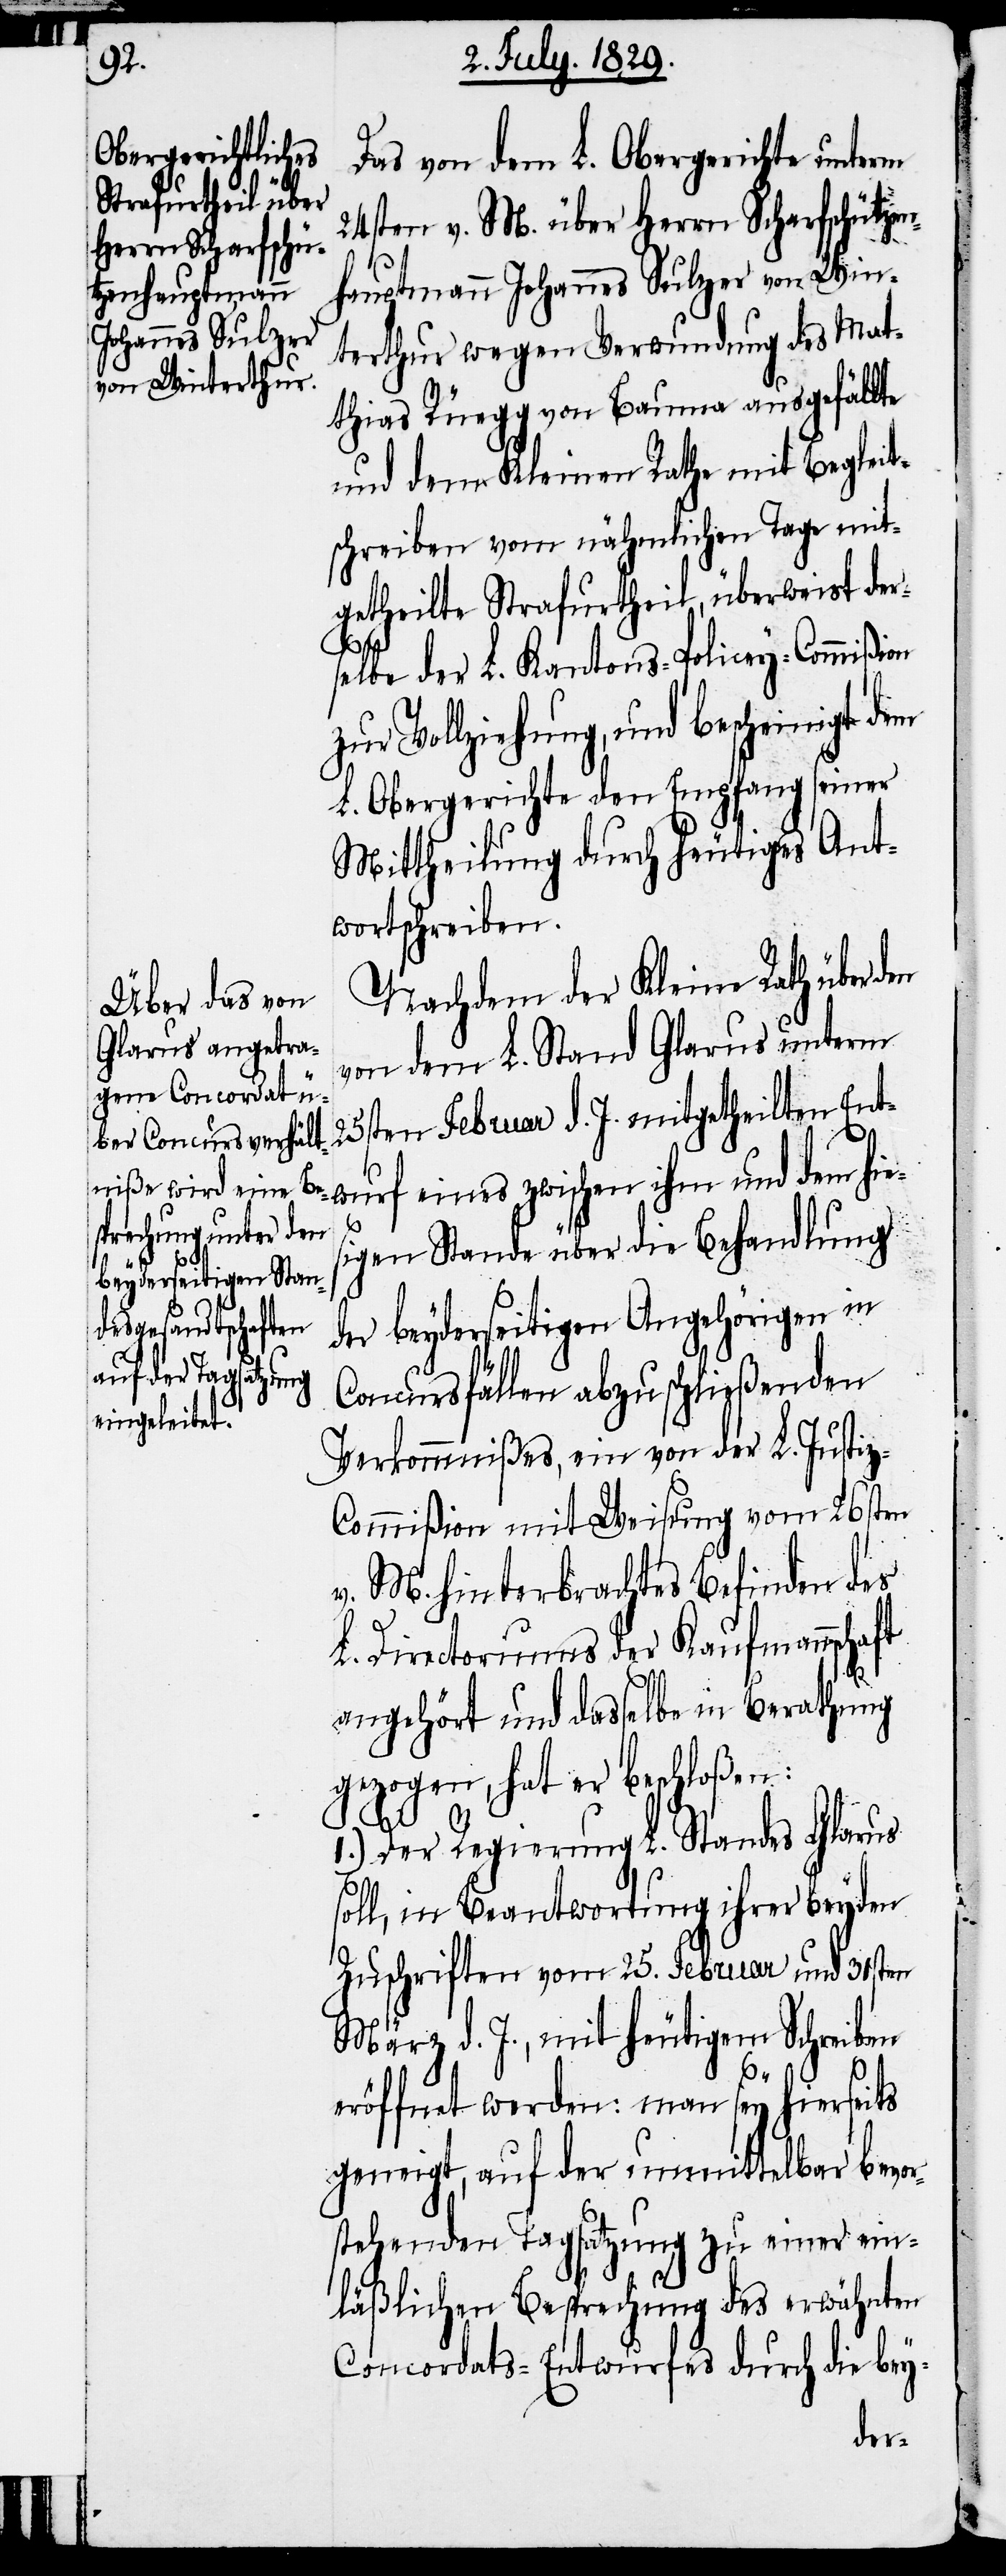
Das von dem L. Obergerichte unterm
24sten v. M. über Herrn Scharfschütze¬
nhauptmann Johannes Sulzer von Win¬
terthur wegen Verwundung des Mat¬
thias Rüegg von Bauma ausgefällte
und dem Kleinen Rathe mit Begleit¬
schreiben vom nähmlichen Tage mit¬
getheilte Strafurtheil, überweist der¬
selbe der L. Kantons-Policey-Commißon
zur Vollziehung, und bescheinigt dem
L. Obergerichte den Empfang seiner
Mittheilung durch heutiges Ant¬
wortschreiben.
Nachdem der Kleine Rath über
von dem L. Stand Glarus unterm
25sten Februar d. J. mitgetheilten Ent¬
wurf eines zwischen ihm und dem hies¬
igen Stand über die Behandlung
der beyderseitigen Angehörigen in
Concursfällen abzuschließenden
Verkommnißes, ein von der L. Justiz-C¬
ommißion mit Weisung vom 26sten
v. M. hinterbrachtes Befinden des
L. Directoriums der Kaufmannschaft
angehört und dasselbe in Berathung
gezogen, hat er beschloßen:
1.) Der Regierung L. Standes Glarus
soll, in Beantwortung ihrer beyden
Zuschriften vom 25. Februar und 31sten
März d. J., mit heutigem Schreiben
eröffnet werden: man sey hierseits
geneigt, auf der unmittelbar bevor¬
stehenden Tagsatzung zu einer ein¬
läßlichen Besprechung des erwähnten
Concordats-Entwurfes durch die bey-